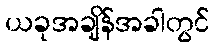
ယခုအချိန်အခါတွင်